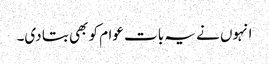
انہوں نے یہ بات عوام کو بھی بتا دی۔